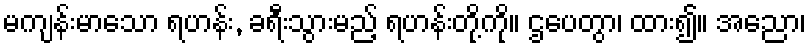
မကျန်းမာသော ရဟန်း, ခရီးသွားမည့် ရဟန်းတို့ကို။ ဌပေတွာ၊ ထား၍။ အညော၊